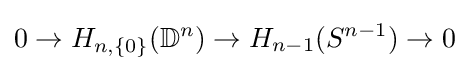
0\to H_{n,\{0\}}(\mathbb {D} ^{n})\to H_{n-1}(S^{n-1})\to 0